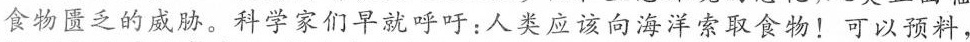
食物匮乏的威胁。科学家们早就呼吁：人类应该向海洋索取食物！可以预料，